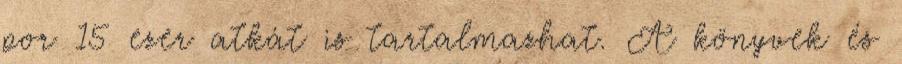
por 15 ezer atkát is tartalmazhat. A könyvek és